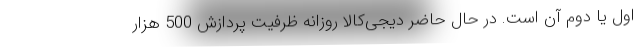
اول یا دوم آن است. در حال حاضر دیجی‌کالا روزانه ظرفیت پردازش 500 هزار